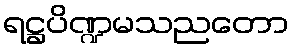
ရဋ္ဌပိဏ္ဍမသညတော